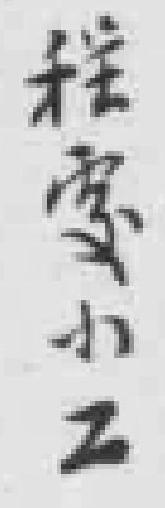
程*小工